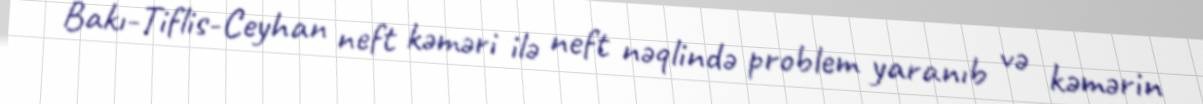
Bakı-Tiflis-Ceyhan neft kəməri ilə neft nəqlində problem yaranıb və kəmərin